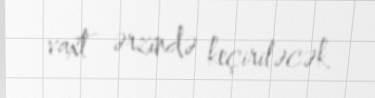
vaxt ərzində keçiriləcək.